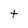
Character: t